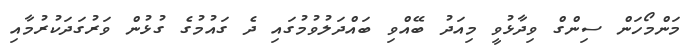
މަންމޯހަން ސިންގް ވިދާޅުވީ މިއަދު ބޭއްވި ބައްދަލުވުމުގައި ދެ ގައުމުގެ ގުޅުން ވަރުގަދަކުރުމާއި